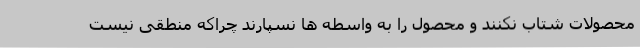
محصولات شتاب نکنند و محصول را به واسطه ها نسپارند چراکه منطقی نیست